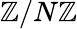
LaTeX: \mathbb{Z}/N\mathbb{Z}